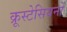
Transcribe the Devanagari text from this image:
क्रूस्टेसियनों